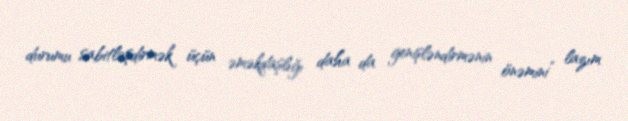
durumu sabitləşdirmək üçün əməkdaşlığı daha da genişləndirmənin önəmini” lazım